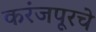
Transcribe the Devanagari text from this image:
करंजपूरचे